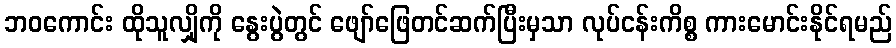
ဘဝကောင်း ထိုသူလျှိုကို နွေးပွဲတွင် ဖျော်ဖြေတင်ဆက်ပြီးမှသာ လုပ်ငန်းကိစ္စ ကားမောင်းနိုင်ရမည်